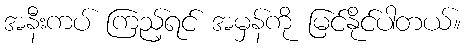
အနီးကပ် ကြည့်ရင် အမှန်ကို မြင်နိုင်ပါတယ်။